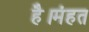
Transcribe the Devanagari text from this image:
है।मंहत